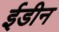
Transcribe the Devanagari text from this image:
ईडीन